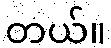
တယ်။